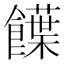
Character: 䭟